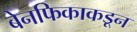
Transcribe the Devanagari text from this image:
बेनफिकाकडून